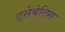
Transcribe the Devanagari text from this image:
ट्सेबेलिस